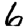
Digit: 6